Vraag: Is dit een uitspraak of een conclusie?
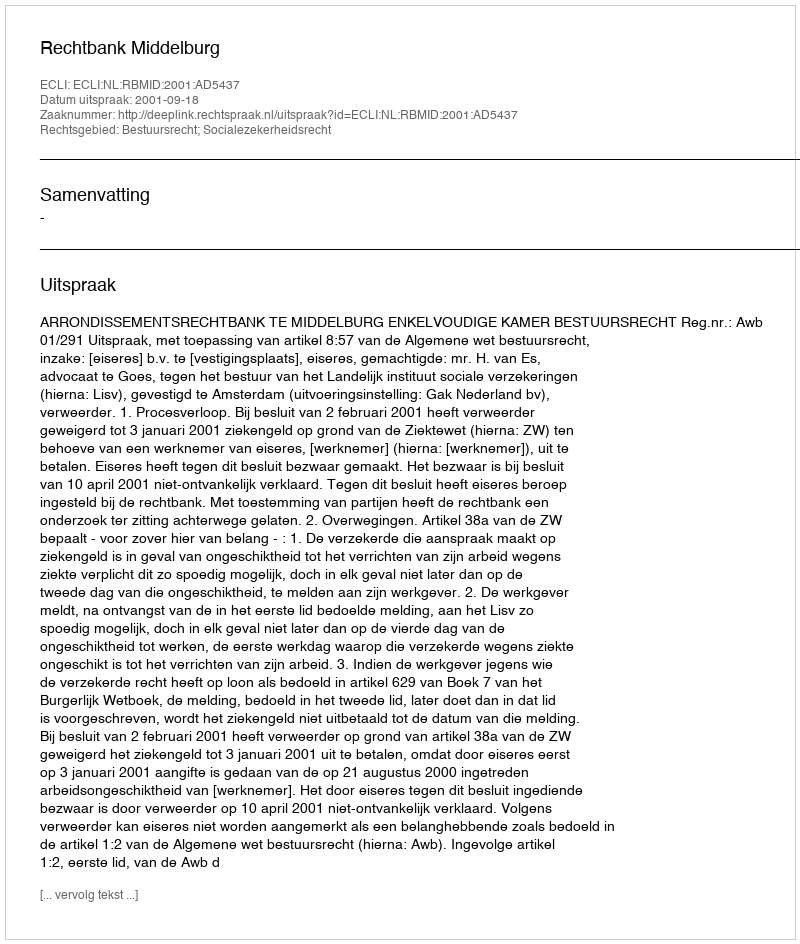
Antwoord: Uitspraak